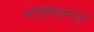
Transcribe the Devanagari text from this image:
अणुकेंद्रामधून